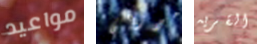
مواعيد موران القريه